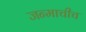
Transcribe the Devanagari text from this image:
जन्माचीच